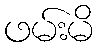
ဖမ်းမိ